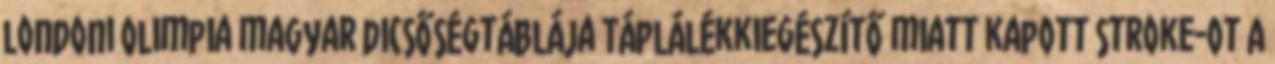
londoni Olimpia magyar dicsőségtáblája Táplálékkiegészítő miatt kapott stroke-ot A